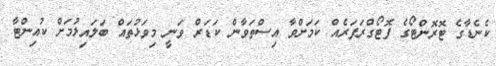
ކެނެޑާގެ ޓޮރޮންޓޯގެ ފޮޓޯގްރަފަރެއް ކަމަށްވާ އިސްތަވާން ކަޑަރް ވަނީ މިވަޅުތައް ބަލައިލުމަށް ކުއިންޓާ